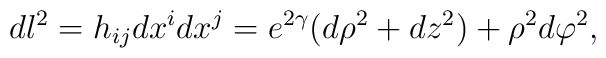
dl^2 = h_{ij}dx^idx^j = e^{2\gamma }(d\rho^2+dz^2)+\rho^2d\varphi^2,